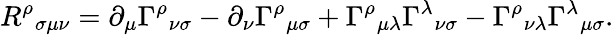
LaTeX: {R^{\rho}}_{\sigma\mu\nu}=\partial_{\mu}\Gamma^{\rho}{}_{\nu\sigma}-\partial_{\nu}\Gamma^{\rho}{}_{\mu\sigma}+\Gamma^{\rho}{}_{\mu\lambda}\Gamma^{\lambda}{}_{\nu\sigma}-\Gamma^{\rho}{}_{\nu\lambda}\Gamma^{\lambda}{}_{\mu\sigma}.